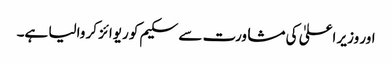
اور وزیر اعلیٰ کی مشاورت سے سکیم کو ریوائز کر والیا ہے۔